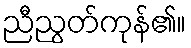
ညီညွတ်ကုန်၏။